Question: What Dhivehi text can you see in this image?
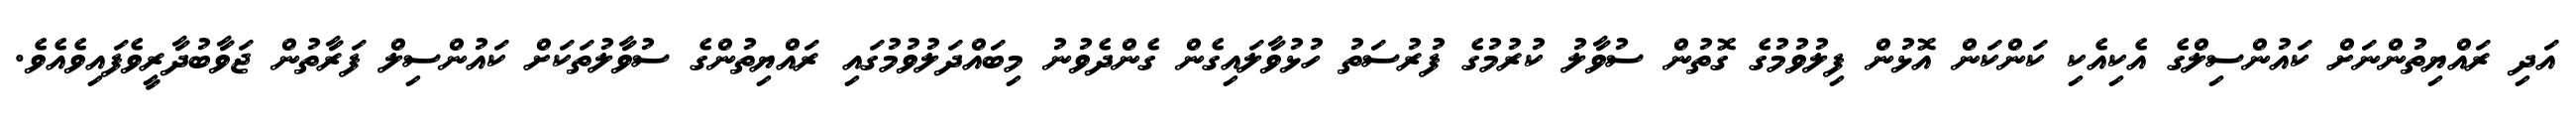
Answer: އަދި ރައްޔިތުންނަށް ކައުންސިލްގެ އެކިއެކި ކަންކަން އޮޅުން ފިލުވުމުގެ ގޮތުން ސުވާލު ކުރުމުގެ ފުރުސަތު ހުޅުވާލައިގެން ގެންދެވުނު މިބައްދަލުވުމުގައި ރައްޔިތުންގެ ސުވާލުތަކަށް ކައުންސިލް ފަރާތުން ޖަވާބުދާރީވެފައިވެއެވެ.